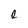
Character: l